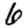
Digit: 6